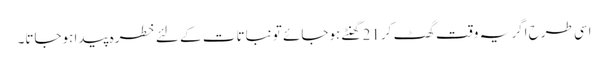
اسی طرح اگر یہ وقت گھٹ کر21 گھنٹے ہوجائے تو نباتات کے لئے خطرہ پیدا ہوجاتا۔